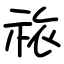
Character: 祣